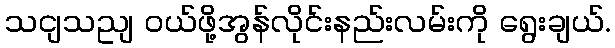
သငျသညျ ဝယ်ဖို့အွန်လိုင်းနည်းလမ်းကို ရွေးချယ်.